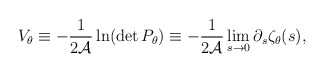
\begin{align*}V_{\theta}\equiv -{1\over 2{\cal A}} \ln(\det P_\theta) \equiv -{1\over 2 {\cal A}}\lim_{s\to 0}\partial_{s} \zeta_{\theta}(s), \end{align*}